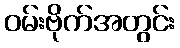
ဝမ်းဗိုက်အတွင်း